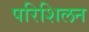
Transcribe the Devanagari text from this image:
परिशिलन